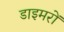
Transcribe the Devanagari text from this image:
डाइमरों